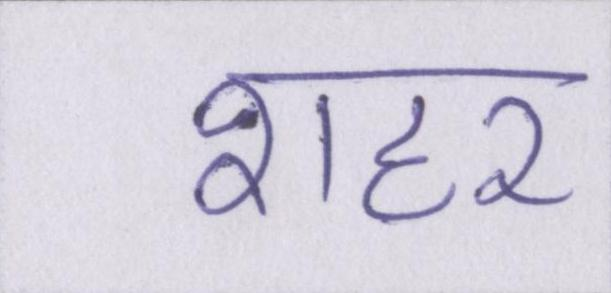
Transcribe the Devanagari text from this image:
शहर